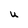
Character: U